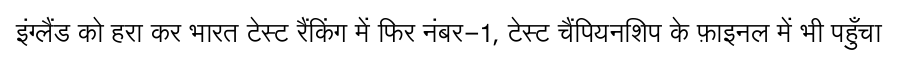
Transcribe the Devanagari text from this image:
इंग्लैंड को हरा कर भारत टेस्ट रैंकिंग में फिर नंबर-1, टेस्ट चैंपियनशिप के फ़ाइनल में भी पहुँचा